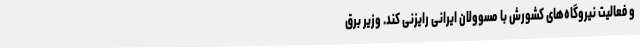
و فعالیت نیروگاه‌های کشورش با مسوولان ایرانی رایزنی کند. وزیر برق